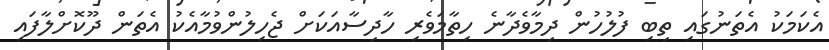
އެކަމަކު އެތަނުގައި ތިބި ފުލުހުން ދިމާވެދާނެ ހިތާމަވެރި ހާދިސާއަކަށް ޖެހިލުންވުމާއެކު އެތަން ދޫކޮށްލާފައި